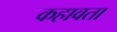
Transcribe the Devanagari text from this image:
कहावता